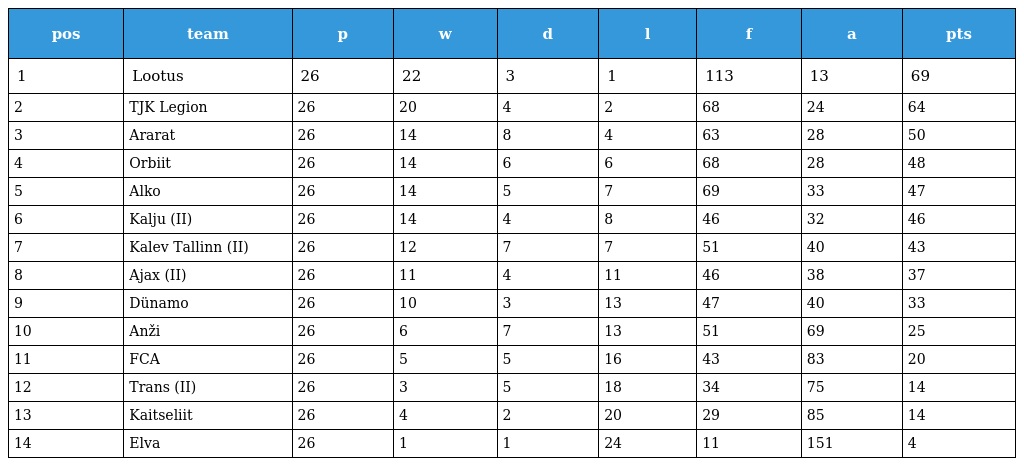
| pos | team | p | w | d | l | f | a | pts |
 | --- | --- | --- | --- | --- | --- | --- | --- | --- |
 | 1 | Lootus | 26 | 22 | 3 | 1 | 113 | 13 | 69 |
 | 2 | TJK Legion | 26 | 20 | 4 | 2 | 68 | 24 | 64 |
 | 3 | Ararat | 26 | 14 | 8 | 4 | 63 | 28 | 50 |
 | 4 | Orbiit | 26 | 14 | 6 | 6 | 68 | 28 | 48 |
 | 5 | Alko | 26 | 14 | 5 | 7 | 69 | 33 | 47 |
 | 6 | Kalju (II) | 26 | 14 | 4 | 8 | 46 | 32 | 46 |
 | 7 | Kalev Tallinn (II) | 26 | 12 | 7 | 7 | 51 | 40 | 43 |
 | 8 | Ajax (II) | 26 | 11 | 4 | 11 | 46 | 38 | 37 |
 | 9 | Dünamo | 26 | 10 | 3 | 13 | 47 | 40 | 33 |
 | 10 | Anži | 26 | 6 | 7 | 13 | 51 | 69 | 25 |
 | 11 | FCA | 26 | 5 | 5 | 16 | 43 | 83 | 20 |
 | 12 | Trans (II) | 26 | 3 | 5 | 18 | 34 | 75 | 14 |
 | 13 | Kaitseliit | 26 | 4 | 2 | 20 | 29 | 85 | 14 |
 | 14 | Elva | 26 | 1 | 1 | 24 | 11 | 151 | 4 |